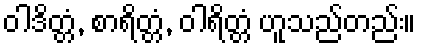
ဝါဒိတ္တံ, စာရိတ္တံ, ဝါရိတ္တံ ဟူသည်တည်း။